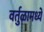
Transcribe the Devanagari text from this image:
वर्तुळामध्ये